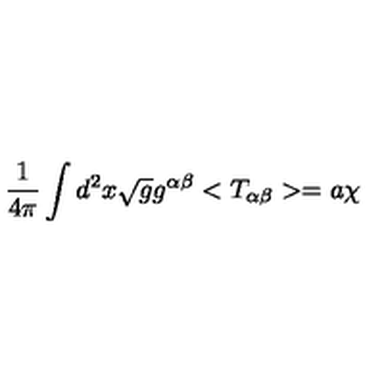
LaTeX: \frac { 1 } { 4 { \pi } } \int d ^ { 2 } x \sqrt { g } g ^ { \alpha \beta } < T _ { \alpha \beta } > = a { \chi }